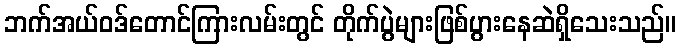
ဘက်အယ်ဝဒ်တောင်ကြားလမ်းတွင် တိုက်ပွဲများဖြစ်ပွားနေဆဲရှိသေးသည်။